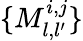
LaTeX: \{ M_{l,l^{\prime}}^{i,j}\}